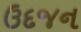
ઉદજન